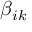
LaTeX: \beta _ { i k }